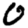
Digit: 0